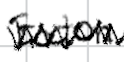
Text: Eaton
Cross-out: zig-zag
Writing tool: digital_black